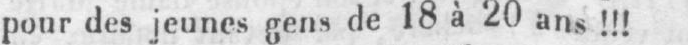
pour des jeunes gens de 18 a 20 ans!!!